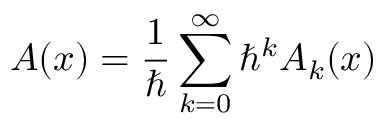
A ( x ) = { \frac { 1 } { \hbar } } \sum _ { k = 0 } ^ { \infty } \hbar ^ { k } A _ { k } ( x )